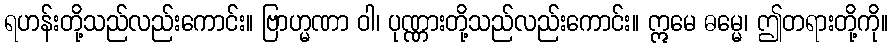
ရဟန်းတို့သည်လည်းကောင်း။ ဗြာဟ္မဏာ ဝါ၊ ပုဏ္ဏားတို့သည်လည်းကောင်း။ ဣမေ ဓမ္မေ၊ ဤတရားတို့ကို။